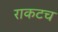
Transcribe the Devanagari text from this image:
राकटच